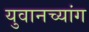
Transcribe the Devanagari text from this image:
युवानच्यांग